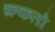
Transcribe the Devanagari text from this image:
क्रकतो